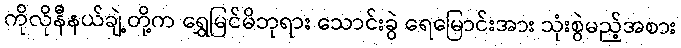
ကိုလိုနီနယ်ချဲ့တို့က ရွှေမြင်မိဘုရား သောင်းခွဲ ရေမြောင်းအား သုံးစွဲမည့်အစား